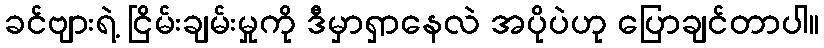
ခင်ဗျားရဲ့ ငြိမ်းချမ်းမှုကို ဒီမှာရှာနေလဲ အပိုပဲဟု ပြောချင်တာပါ။